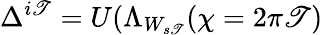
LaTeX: \Delta^{i\mathscr{T}}=U(\Lambda_{W_{s\mathscr{T}}}(\chi=2\pi\mathscr{T})